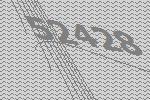
52428